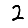
Digit: 2